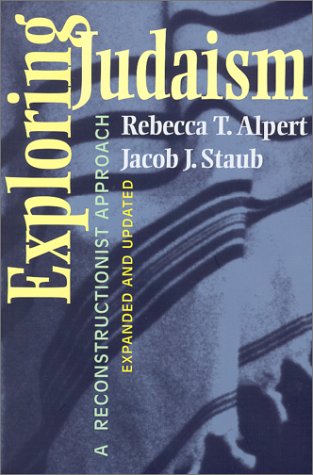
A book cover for Exploring Judaism: A Reconstructionist Approach; Rebecca T. Alpert; Religion & Spirituality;